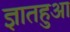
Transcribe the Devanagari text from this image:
ज्ञातहुआ